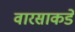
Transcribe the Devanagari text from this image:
वारसाकडे